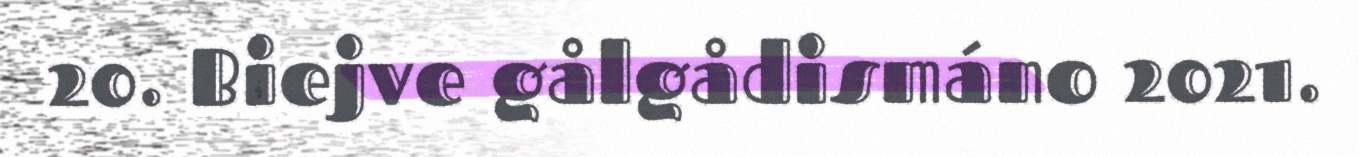
20. Biejve gålgådismáno 2021.